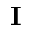
\mathbf { I }